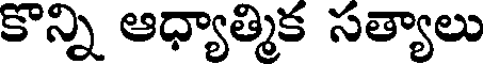
కొన్ని ఆధ్యాత్మిక సత్యాలు